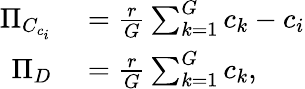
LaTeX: \begin{array}{rl}{\Pi_{C_{c_{i}}}}&{{}=\frac{r}{G}\sum_{k=1}^{G}c_{k}-c_{i}}\\ {\Pi_{D}}&{{}=\frac{r}{G}\sum_{k=1}^{G}c_{k},}\end{array}